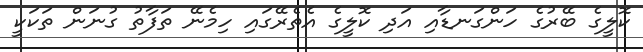
ކޮލީގެ ބޭރުގެ ހަންގަނޑާއި އަދި ކޮލީގެ އެތެރޭގައި ހިމެނޭ ތަފާތު ގުނަން ތަކަކީ